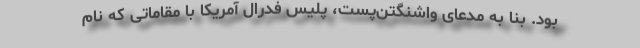
بود. بنا به مدعای واشنگتن‌پست، پلیس فدرال آمریکا با مقاماتی که نام